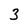
Character: 3